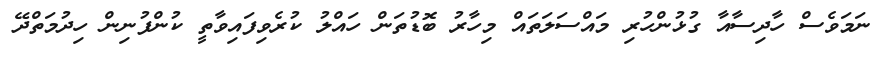
ނަމަވެސް ހާދިސާއާ ގުޅުންހުރި މައްސަލަތައް މިހާރު ބޮޑުތަން ހައްލު ކުރެވިފައިވާތީ ކުންފުނިން ހިދުމަތްދޭ